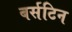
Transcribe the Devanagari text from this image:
बर्सटिन